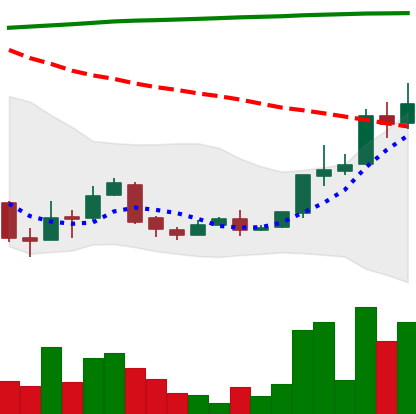
Ticker: XLM-USD
Chart end date: 2018-04-17
Forward return: 22.63%
Label: up_7plus